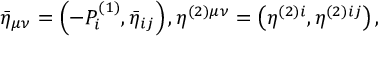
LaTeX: \bar { \eta } _ { \mu \nu } = \left( - { \cal P } _ { i } ^ { ( 1 ) } , \bar { \eta } _ { i j } \right) , \eta ^ { ( 2 ) \mu \nu } = \left( \eta ^ { ( 2 ) i } , \eta ^ { ( 2 ) i j } \right) ,